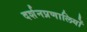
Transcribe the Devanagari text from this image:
दर्शनप्रणालियों